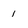
Character: 1